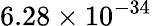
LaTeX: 6.28\times 10^{-34}